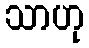
သာဟု